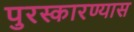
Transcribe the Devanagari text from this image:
पुरस्कारण्यास